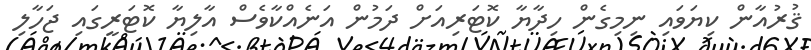
ޤުރުއާން ކިޔަވައި ނިމިގެން ހިދާޔާ ކޮޓަރިއަށް ދަމުން އަނެއްކާވެސް އާލިޔާ ކޮޓަރީގައި ޖަހާލި